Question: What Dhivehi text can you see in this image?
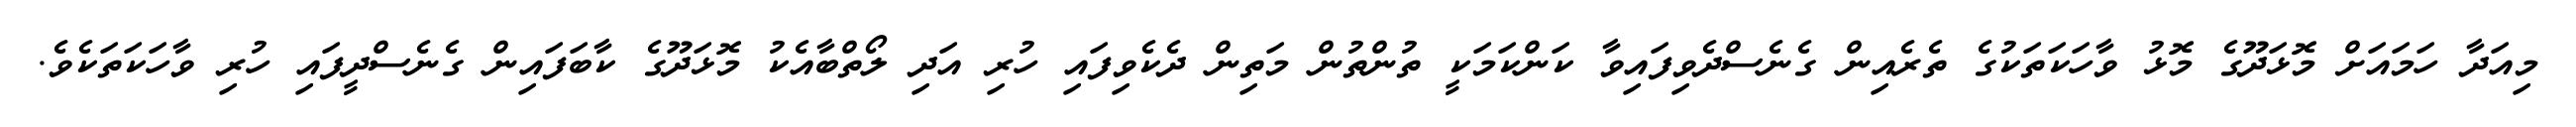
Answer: މިއަދާ ހަމައަށް މޮޅަދޫގެ މޮޅު ވާހަކަތަކުގެ ތެރެއިން ގެނެސްދެވިފައިވާ ކަންކަމަކީ ތުންތުން މަތިން ދެކެވިފައި ހުރި އަދި ލޯތްބާއެކު މޮޅަދޫގެ ކާބަފައިން ގެނެސްދީފައި ހުރި ވާހަކަތަކެވެ.